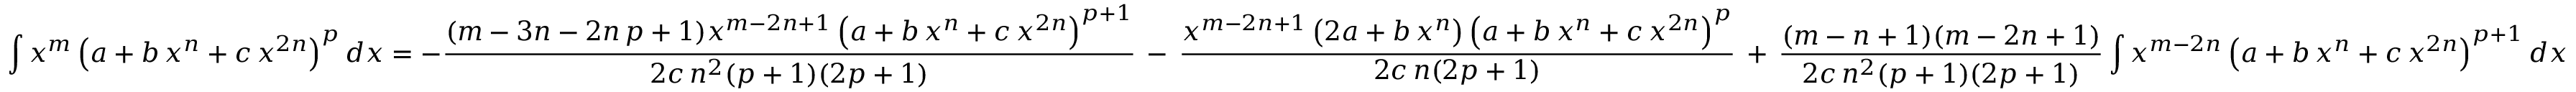
\int x ^ { m } \left( a + b \, x ^ { n } + c \, x ^ { 2 n } \right) ^ { p } d x = - { \frac { ( m - 3 n - 2 n \, p + 1 ) x ^ { m - 2 n + 1 } \left( a + b \, x ^ { n } + c \, x ^ { 2 n } \right) ^ { p + 1 } } { 2 c \, n ^ { 2 } ( p + 1 ) ( 2 p + 1 ) } } \, - \, { \frac { x ^ { m - 2 n + 1 } \left( 2 a + b \, x ^ { n } \right) \left( a + b \, x ^ { n } + c \, x ^ { 2 n } \right) ^ { p } } { 2 c \, n ( 2 p + 1 ) } } \, + \, { \frac { ( m - n + 1 ) ( m - 2 n + 1 ) } { 2 c \, n ^ { 2 } ( p + 1 ) ( 2 p + 1 ) } } \int x ^ { m - 2 n } \left( a + b \, x ^ { n } + c \, x ^ { 2 n } \right) ^ { p + 1 } d x